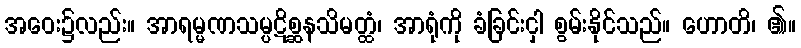
အဝေး၌လည်း။ အာရမ္မဏသမ္ပဋိစ္ဆနသိမတ္ထံ၊ အာရုံကို ခံခြင်းငှါ စွမ်းနိုင်သည်။ ဟောတိ၊ ၏။